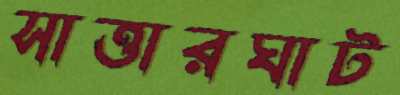
সাত্তারঘাট